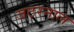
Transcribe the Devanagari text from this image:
जठरनाल